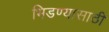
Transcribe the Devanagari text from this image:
भिडण्यासाठी